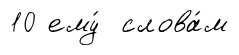
10 ему́ слова́м